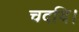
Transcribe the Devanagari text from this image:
चदयि।